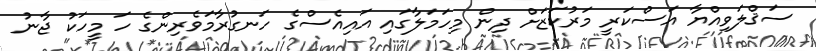
ސަޤްލަވިއްޔާ އަސްކަރީ މަރުކަޒަށް ދިން މިހަމަލާގައި އައިއެސްގެ ހަނގުރާމަވެރިންގެ ހަ މީހަކު ޖާނު